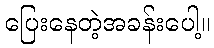
ပြေးနေတဲ့အခန်းပေါ့။